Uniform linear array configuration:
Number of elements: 8
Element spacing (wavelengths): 0.5
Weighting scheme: hamming
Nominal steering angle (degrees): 15
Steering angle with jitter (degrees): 14.537
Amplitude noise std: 0.05
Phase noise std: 0.05

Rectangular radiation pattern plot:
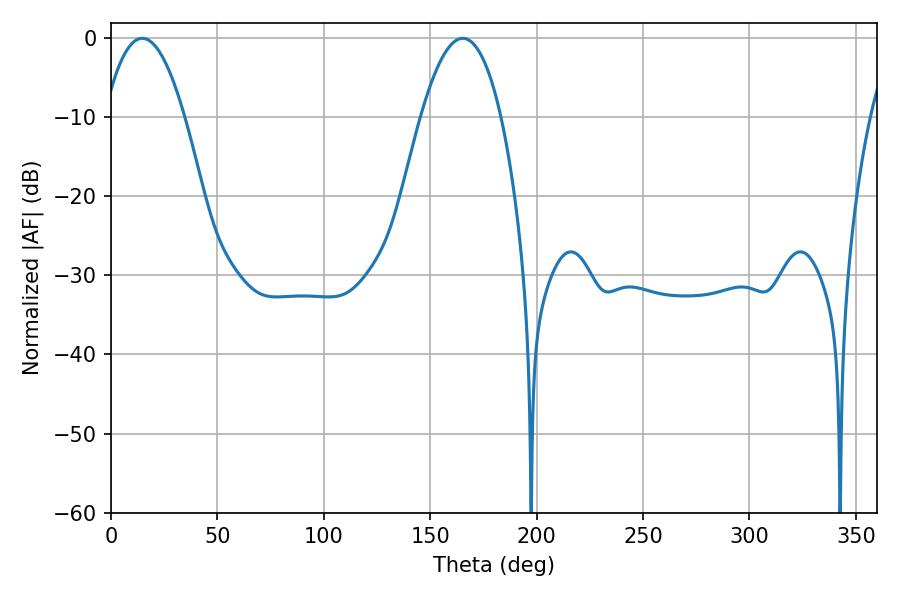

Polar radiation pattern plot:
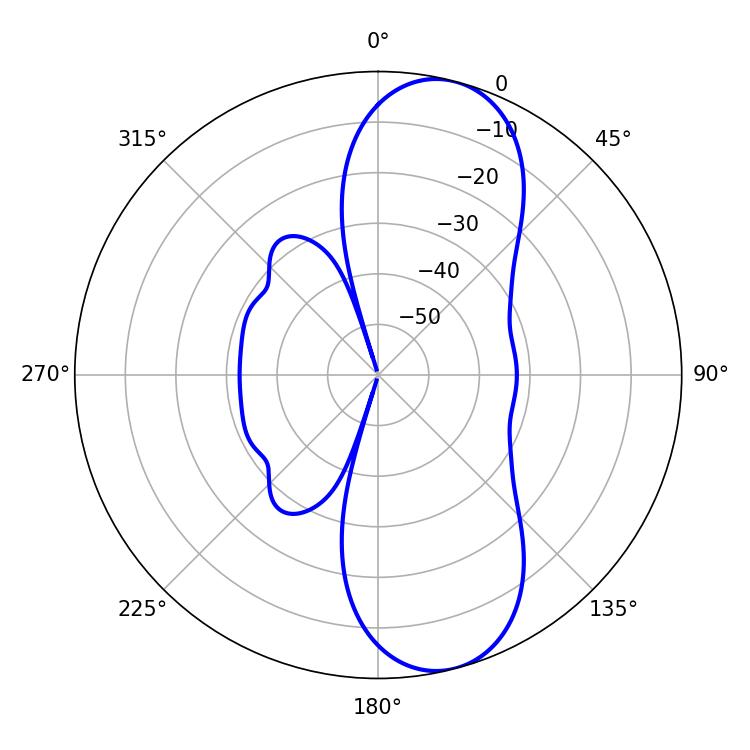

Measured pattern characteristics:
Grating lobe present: FALSE
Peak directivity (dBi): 9.931
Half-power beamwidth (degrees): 20.7
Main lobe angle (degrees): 14.76